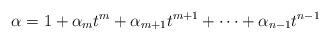
LaTeX: \begin{align*}\alpha = 1 + \alpha_mt^m+\alpha_{m+1}t^{m+1}+\cdots + \alpha_{n-1}t^{n-1}\end{align*}